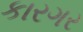
કારગર